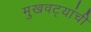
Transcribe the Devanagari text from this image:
मुखवट्यांची